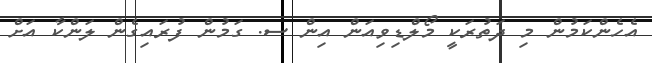
އެހެންކަމުން މި ދަތުރަކީ މޯލްޑިވިއަން އިން ސ. ގަމުން ފުރައިގެން ލަންކާ އަށް